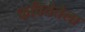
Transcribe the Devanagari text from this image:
कवितेतेला